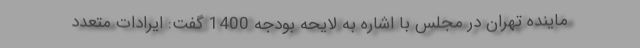
ماینده تهران در مجلس با اشاره به لایحه بودجه 1400 گفت: ایرادات متعدد